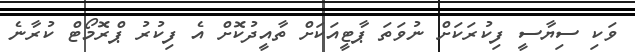
ވަކި ސިޔާސީ ފިކުރަކަށް ނުވަތަ ޕާޓީއަކަށް ތާއީދުކޮށް އެ ފިކުރު ޕްރޮމޯޓް ކުރާނެެ